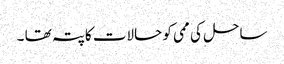
ساحل کی ممی کو حالات کاپتہ تھا ۔